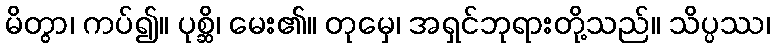
မိတွာ၊ ကပ်၍။ ပုစ္ဆိ၊ မေး၏။ တုမှေ၊ အရှင်ဘုရားတို့သည်။ သိပ္ပဿ၊